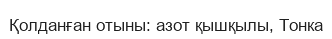
Қолданған отыны: азот қышқылы, Тонка